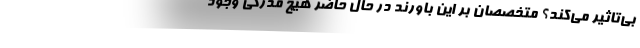
بی‌تاثیر می‌کند؟ متخصصان بر این باورند در حال حاضر هیچ مدرکی وجود